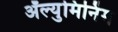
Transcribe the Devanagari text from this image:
ॲल्युमिनिंम